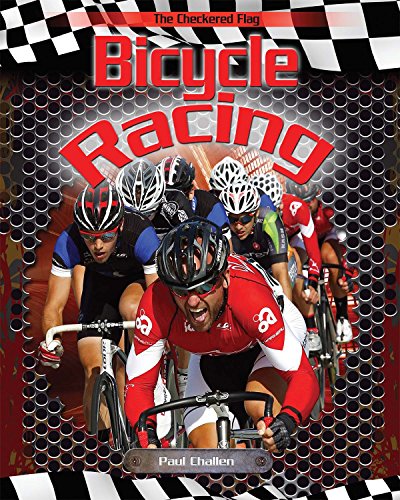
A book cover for Bicycle Racing (Checkered Flag); Paul C. Challen; Children's Books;